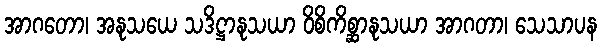
အာဂတော၊ အနုသယေ သဒိဋ္ဌာနုသယာ ဝိစိကိစ္ဆာနုသယာ အာဂတာ၊ သေသာပန